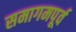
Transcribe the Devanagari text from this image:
समागमपूर्व